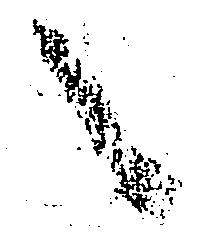
之